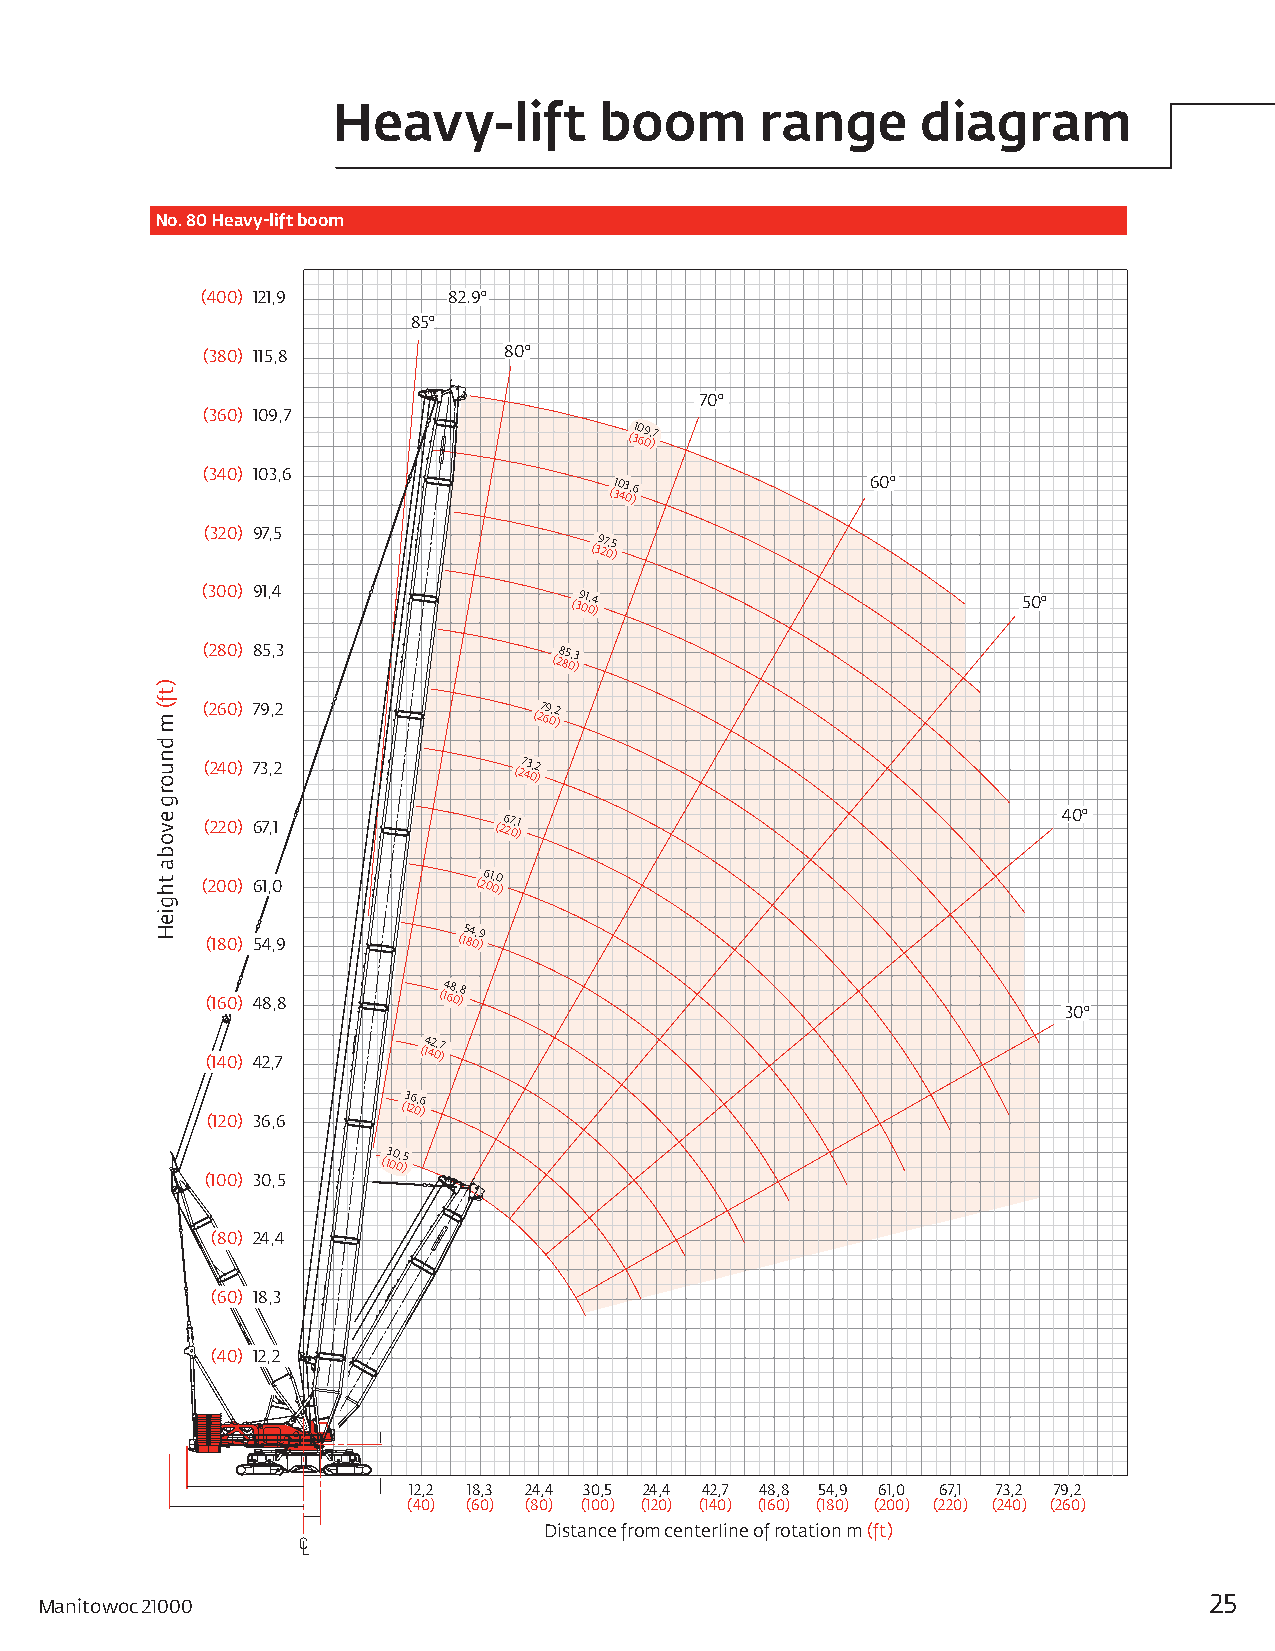
Heavy-lift        boom      range      diagram
 No. 80 Heavy-lift boom
 (400) 121,9      82.9°
 85°
 (380) 115,8         80°
 70°
 (360) 109,7
 (310 69 0, )7
 (340) 103,6
 (310 43 0, )6     60°
 (320) 97,5
 (39 27 0,5
 )
 (300) 91,4
 (39 01 0,4
 )
 50°
 (280) 85,3             (28 85 0,3
 )
 (260) 79,2            (27 69 0,2
 )
 (240) 73,2           (27 43 0,2
 )
 (220) 67,1         (26 27 0,1
 )
 40°
 (200) 61,0        (26 01 0,0
 )
 (180) 54,9
 (15 84 0,9
 )
 (160) 48,8
 (14 68 0, )8
 30°
 (140) 42,7
 (14 42 0,7
 )
 (120) 36,6
 (3 126 0,6
 )
 (13 00 0, )5
 (100) 30,5
 (80) 24,4
 (60) 18,3
 (40) 12,2
 12,2 18,3 24,4 30,5 24,4 42,7 48,8 54,9 61,0 67,1 73,2 79,2
 (40) (60) (80) (100) (120) (140) (160) (180) (200) (220) (240) (260)
 Distance from centerline of rotation m (ft)
 Manitowoc 21000                                                               25
 )tf(
 m
 dnuorg
 evoba
 thgieH